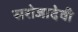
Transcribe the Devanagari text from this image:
सरोजादेवी